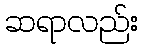
ဆရာလည်း